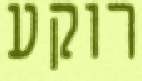
רוקע